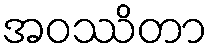
အဝဿိတာ